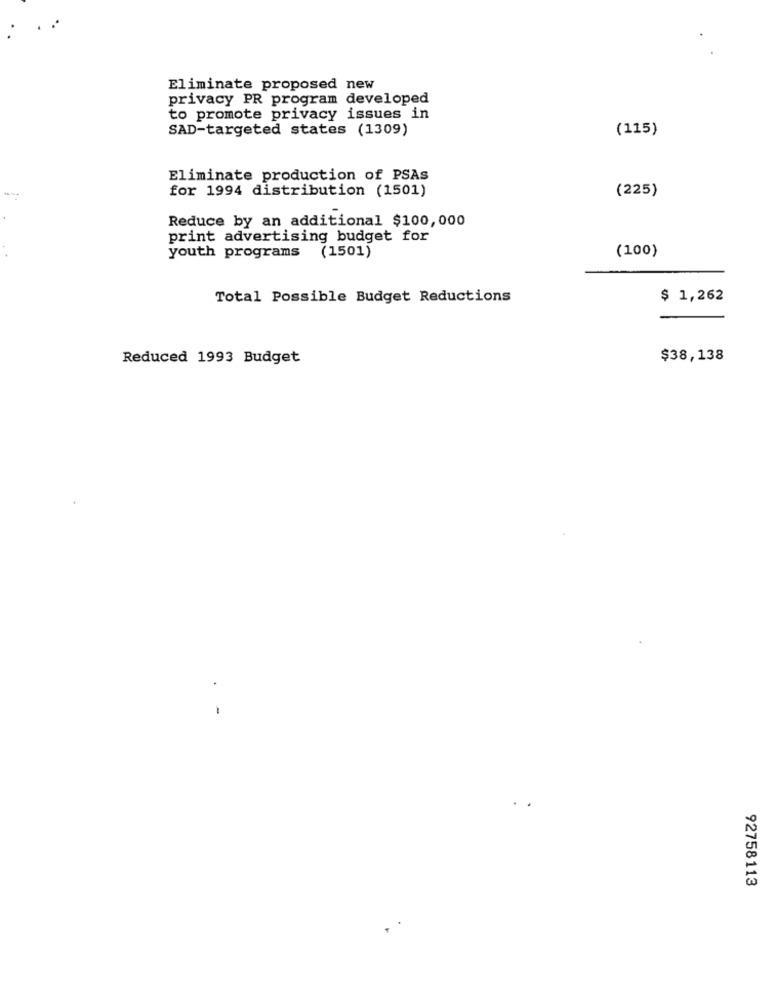
Eliminate proposed new
privacy PR program developed
to promote privacy issues in
SAD-targeted states (1309)
(115)
Eliminate production of PSAs
for 1994 distribution (1501)
(225)
Reduce by an additional $100,000
print advertising budget for
(100)
youth programs
(1501)
Total Possible Budget Reductions
$ 1,262
Reduced 1993 Budget
$38,138
92758113